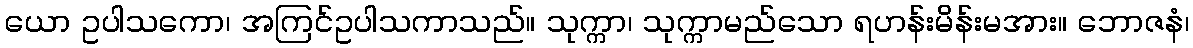
ယော ဥပါသကော၊ အကြင်ဥပါသကာသည်။ သုက္ကာ၊ သုက္ကာမည်သော ရဟန်းမိန်းမအား။ ဘောဇနံ၊